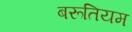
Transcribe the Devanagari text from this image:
बरूतियम